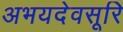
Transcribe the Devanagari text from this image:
अभयदेवसूरि